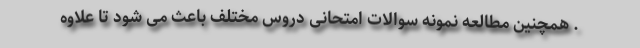
. همچنین مطالعه نمونه سوالات امتحانی دروس مختلف باعث می شود تا علاوه